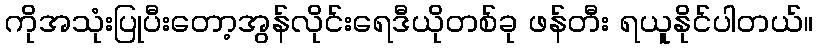
ကိုအသုံးပြုပီးတော့အွန်လိုင်းရေဒီယိုတစ်ခု ဖန်တီး ရယူနိုင်ပါတယ်။